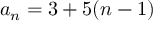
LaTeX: a _ { n } = 3 + 5 ( n - 1 )